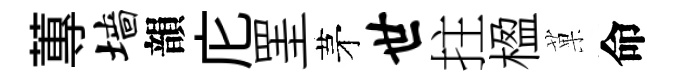
蓴墙韻庀罣茅世拄楹菓命